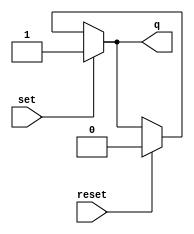
module top_module (
    input set,
    input reset,
    output reg q
);
    assign q = set ? 1'b1 : (reset ? 1'b0 : q);

endmodule